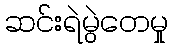
ဆင်းရဲမွဲတေမှု